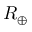
R _ { \oplus }